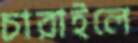
চারাইলে